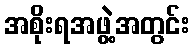
အစိုးရအဖွဲ့အတွင်း